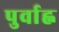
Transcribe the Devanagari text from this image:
पुर्वाह्न